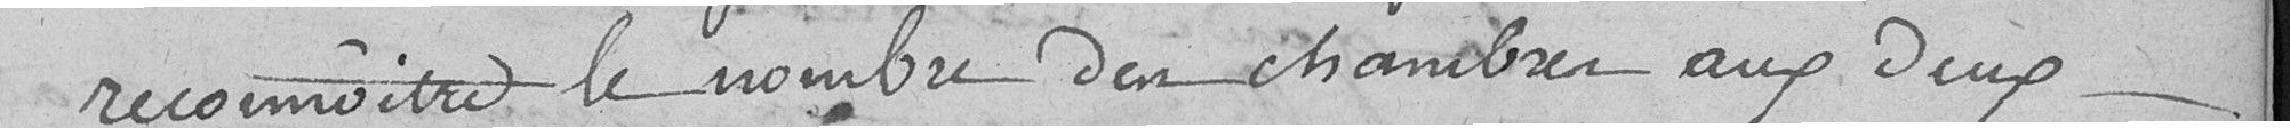
reconnaitre le nombre des chambres aux deux